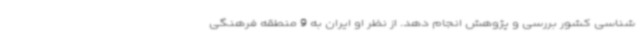
‌شناسی کشور بررسی و پژوهش انجام دهد. از نظر او ایران به 9 منطقه فرهنگی